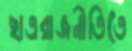
ছাত্ররাজনীতিতে